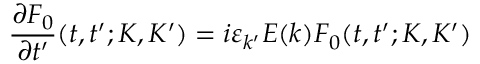
\frac { \partial F _ { 0 } } { \partial t ^ { \prime } } ( t , t ^ { \prime } ; K , K ^ { \prime } ) = i \varepsilon _ { k ^ { \prime } } E ( k ) F _ { 0 } ( t , t ^ { \prime } ; K , K ^ { \prime } )